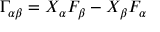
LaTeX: \Gamma _ { \alpha \beta } = X _ { \alpha } F _ { \beta } - X _ { \beta } F _ { \alpha }